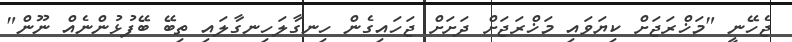
ޖެހޭނީ "މަޚްރަޖަށް ކިޔަވައި މަޚްރަޖަށް ދަށަށް ޖަހައިގެން ހިނގާލަހިނގާލައި ތިބޭ ބޭފުޅުންނެއް ނޫން"